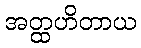
အတ္ထဟိတာယ